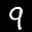
Label: 9